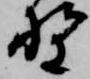
野